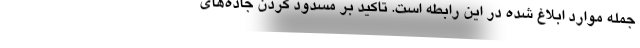
جمله موارد ابلاغ شده در این رابطه است. تاکید بر مسدود کردن جاده‌های